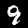
Digit: 9